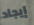
إيجاد